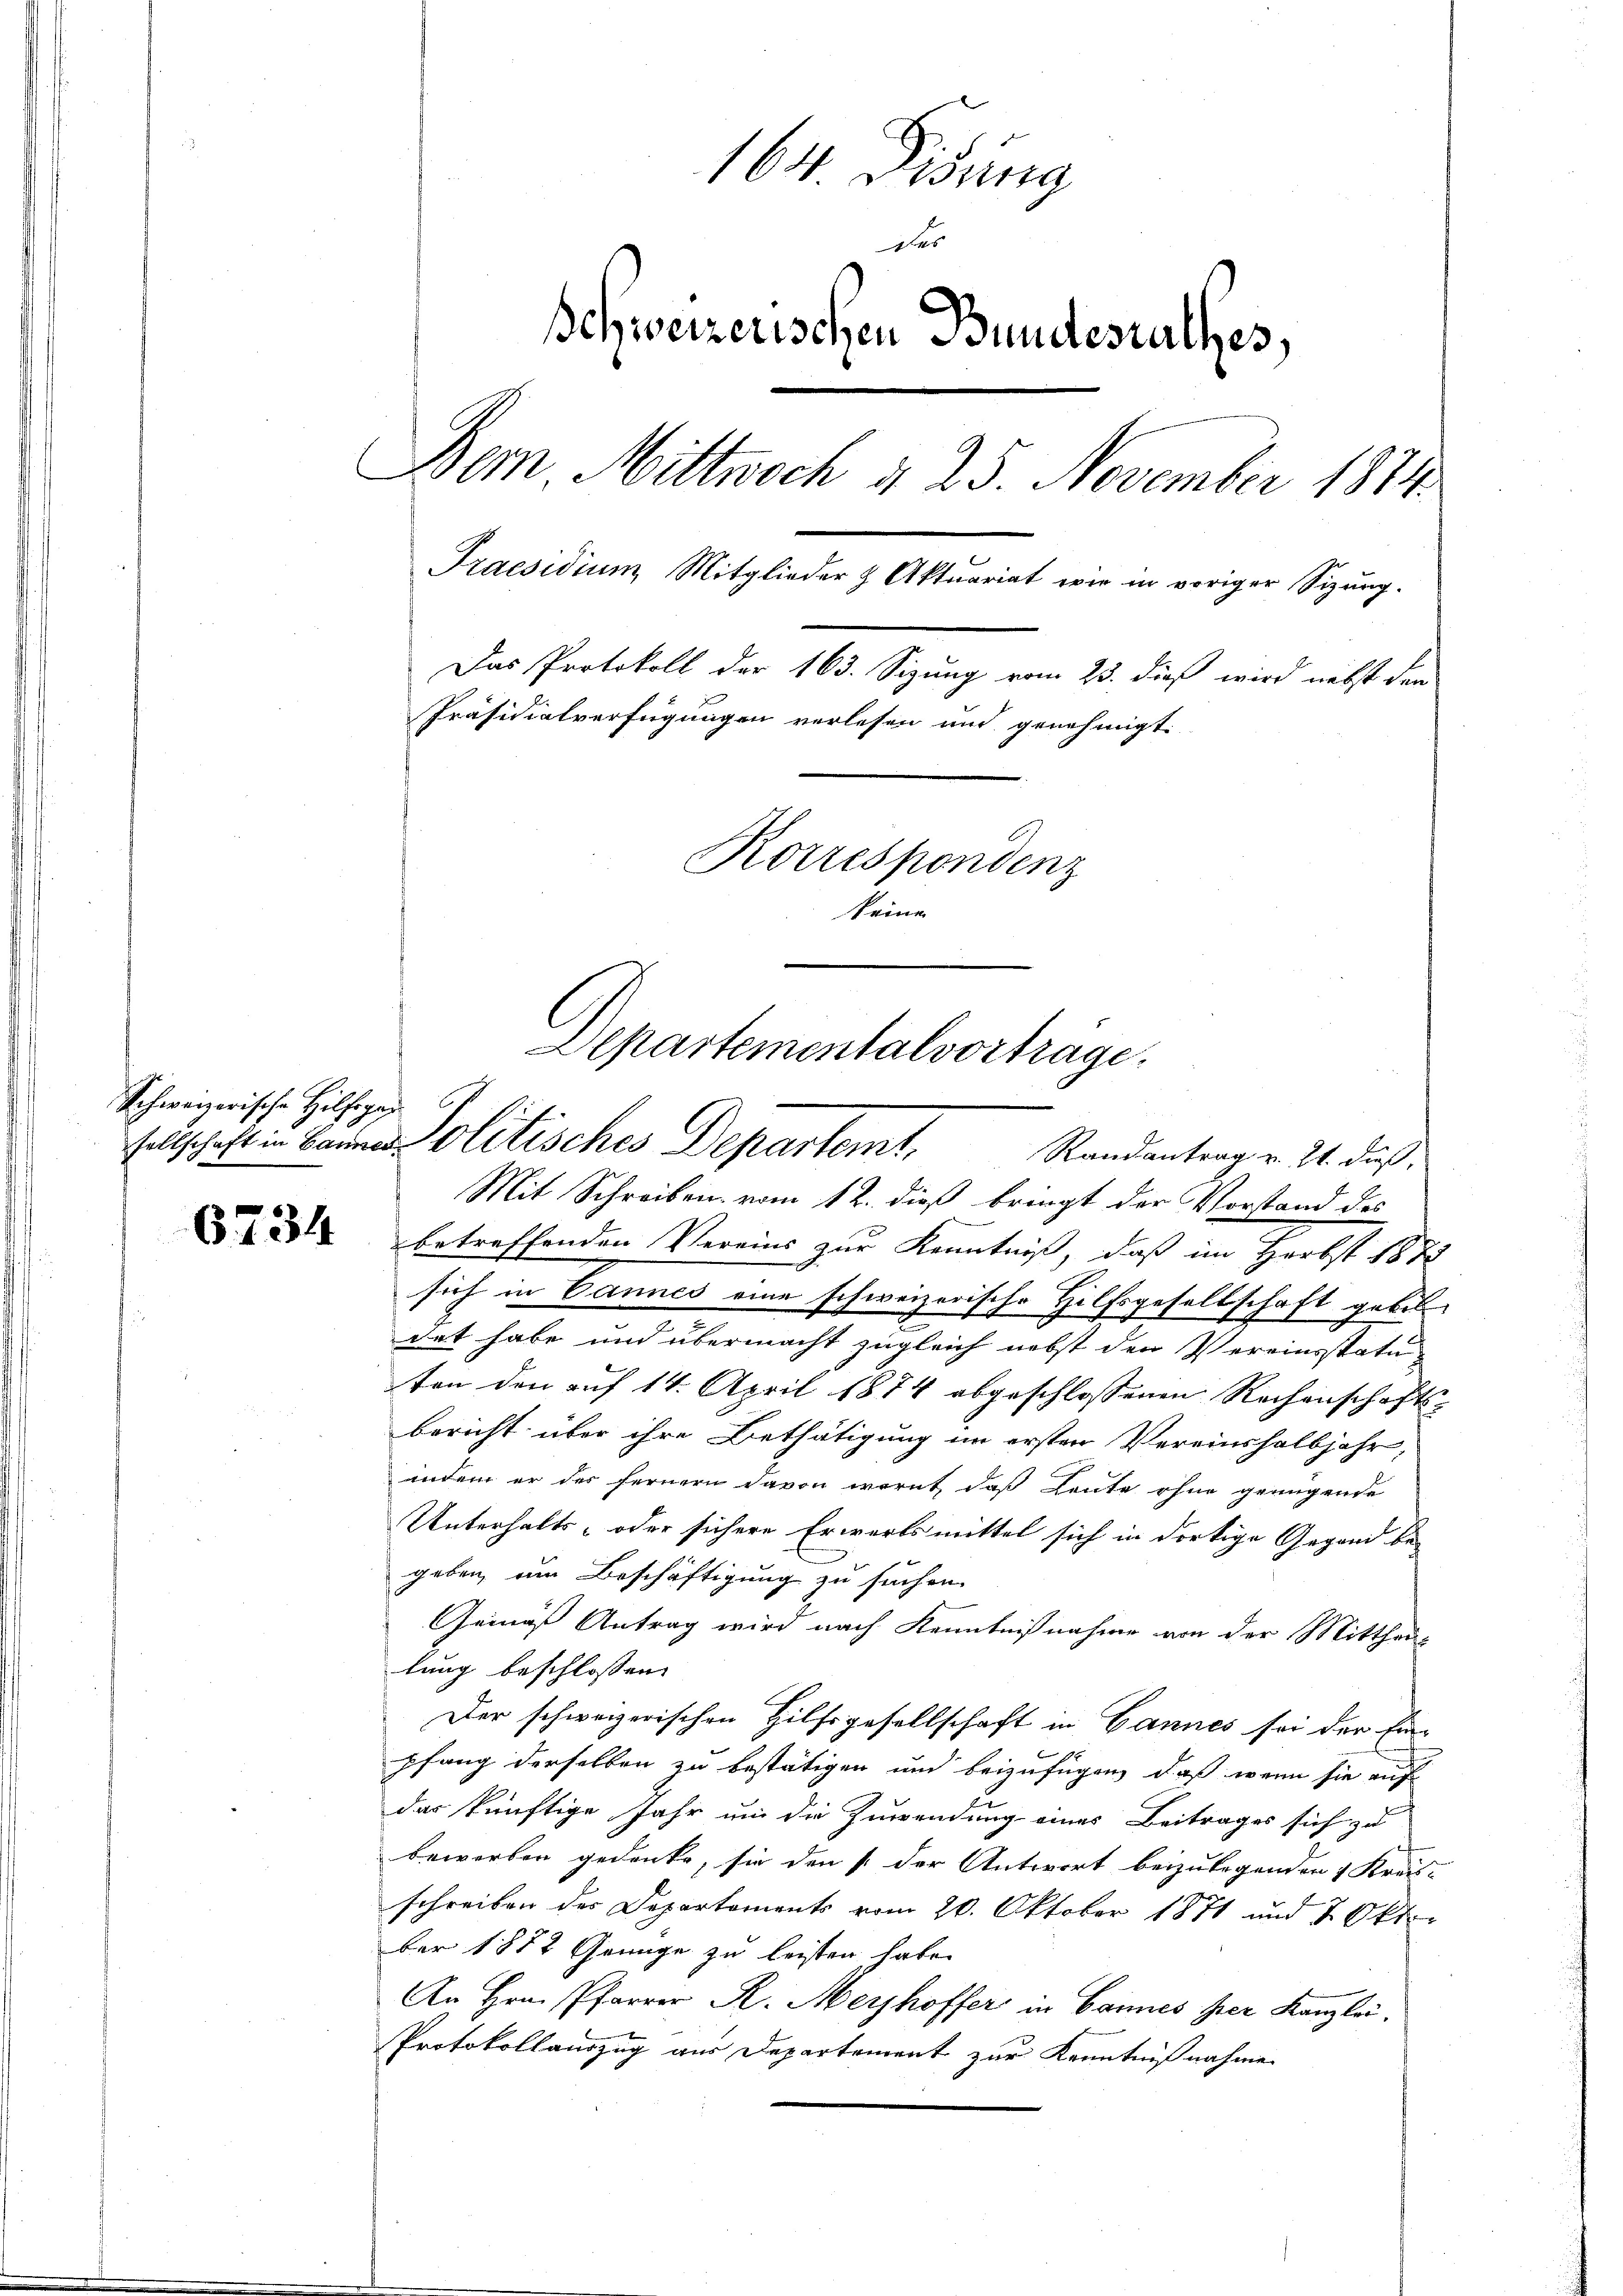
Schweizerische Hilfeger

6734

164 Didung
ber
schweizerischen Bundesrathes,
Dem Mittwoch § 25. November 1874.
Praesidium Mitglieder & Aktuariat wie in voriger Sizung.
Das Protokoll der 163. Sizung vom 23. dieß wird nebst den
Präsidialverfügungen verlesen und genehmigt.
Korrespondenz
keine

Departementalvortrage.
sellschaft in Berner Politisches Departemt,
Randantrag v. 21. daß

Mit Schreiben vom 12. dieß bringt der Vorstand des
betreffenden Vereins zur Kenntniß, daß im Herbst 1873
sich in Cannes eine schweizerische Hilfsgesellschaft gebil
det habe und übermacht zugleich nebst den Vereinsstatuten den auf 14. April 1874 abgeschlossenen Rechenschafts-
bericht über ihre Bethätigung im ersten Vereinshalbjahr,
indem er des fernern davon warnt, daß Leute ohne genügende
Unterhalts- oder sichere Erwertsmittel sich in dortige Gegend be-
geben, um Beschäftigung zu suchen.
Gemäss Antrag wird nach Kenntnisnahme von der Mitthei-
lung beschlossen:
Der schweizerischen Hilfsgesellschaft in Bannes sei der Ein-
pfang derselben zu bestätigen und beizufügen, daß wenn sie auf
das künftige Jahr um die Zuwendung eines Beitrages sich zu
bewerben gedenke, sie den /: der Antwort beizulegenden 1 Kreis-
schreiben des Departements vom 20. Oktober 1871 und 2 Okt
ber 1882 Genüge zu leisten habe.
An Hrn. Pfarrer R. Meyhoffer in Bannes hier Kanzlei.
Protokollauszug aus Departement zur Kenntnißnahme